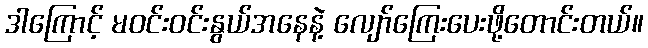
ဒါကြောင့် မဝင်းဝင်းနွယ်အနေနဲ့ လျော်ကြေးပေးဖို့တောင်းတယ်။